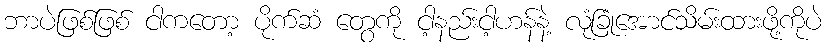
ဘာပဲဖြစ်ဖြစ် ငါကတော့ ပိုက်ဆံ တွေကို ငါ့နည်းငါ့ဟန်နဲ့ လုံခြုံအောင်သိမ်းထားဖို့ကိုပဲ